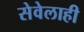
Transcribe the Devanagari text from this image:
सेवेलाही